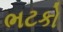
ભટકો